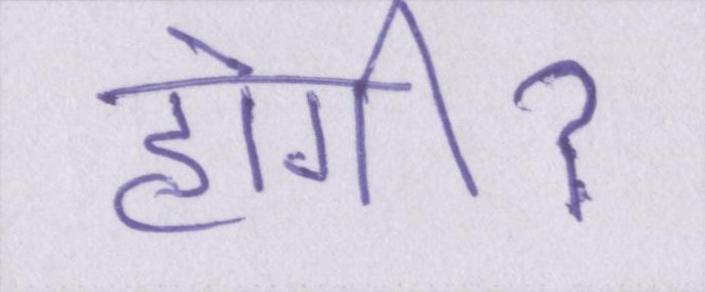
होगीॽ